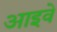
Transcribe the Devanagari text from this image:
आइवे